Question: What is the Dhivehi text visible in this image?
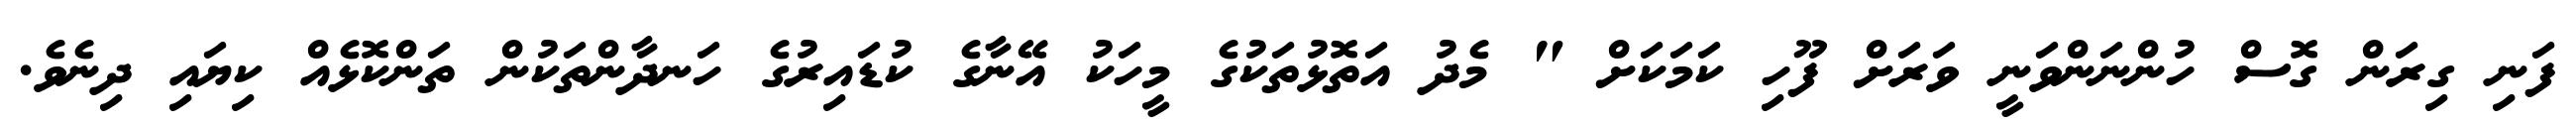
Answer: ފަނި ގިރަން ގޮސް ހުންނަންވަނީ ވަރަށް ފޫހި ކަމަކަށް " މެދު އަތޮޅުތަކުގެ މީހަކު އޭނާގެ ކުޑައިރުގެ ހަނދާންތަކުން ތަންކޮޅެއް ކިޔައި ދިނެވެ.